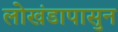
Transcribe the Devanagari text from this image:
लोखंडापासुन